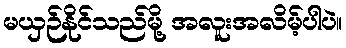
မယှဉ်နိုင်သည်မို့ အလူးအလိမ့်ပါပဲ။